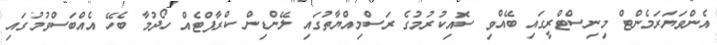
އެންވަޔަރަމެންޓް މިނިސްޓްރީގައި ބޭއްވި ސޮއިކުރުމުގެ ރަސްމިއްޔާތުގައި ލޭންޑިން ކްރާފްޓެއް ހޯދުމާ ބެހޭ އެއްބަސްވުމުގައި